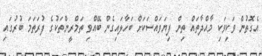
އެގޮތުން ވަކިވަކި މާއްދާތައް ތިން ފިޔަވައްސަކަށް ބަހާލައިގެން ބޭއްވި ތަމްރީންތަކުގެ ފުރަތަމަ ބުރުގައި